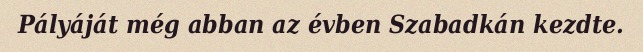
Pályáját még abban az évben Szabadkán kezdte.